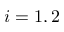
i = 1 , 2